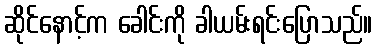
ဆိုင်နောင့်က ခေါင်းကို ခါယမ်းရင်းပြောသည်။